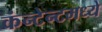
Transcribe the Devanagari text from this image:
कंन्टेन्टमध्ये